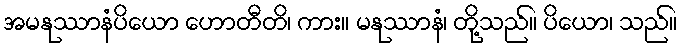
အမနုဿာနံပိယော ဟောတီတိ၊ ကား။ မနုဿာနံ၊ တို့သည်။ ပိယော၊ သည်။